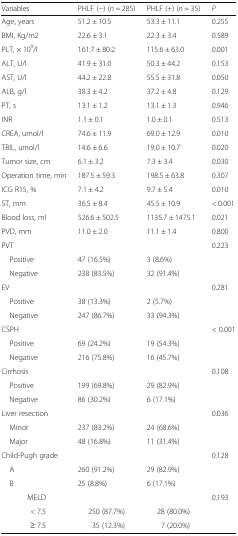
<table><thead><tr><td><b>Variables</b></td><td><b>PHLF (−) (<i>n</i> = 285)</b></td><td><b>PHLF (+) (<i>n</i> = 35)</b></td><td><b><i>P</i></b></td></tr></thead><tbody><tr><td>Age, years</td><td>51.2 ± 10.5</td><td>53.3 ± 11.1</td><td>0.255</td></tr><tr><td>BMI, Kg/m2</td><td>22.6 ± 3.1</td><td>22.3 ± 3.4</td><td>0.589</td></tr><tr><td>PLT, × 10<sup>9</sup>/l</td><td>161.7 ± 80.2</td><td>115.6 ± 63.0</td><td>0.001</td></tr><tr><td>ALT, U/l</td><td>41.9 ± 31.0</td><td>50.3 ± 44.2</td><td>0.153</td></tr><tr><td>AST, U/l</td><td>44.2 ± 22.8</td><td>55.5 ± 31.8</td><td>0.050</td></tr><tr><td>ALB, g/l</td><td>38.3 ± 4.2</td><td>37.2 ± 4.8</td><td>0.129</td></tr><tr><td>PT, s</td><td>13.1 ± 1.2</td><td>13.1 ± 1.3</td><td>0.946</td></tr><tr><td>INR</td><td>1.1 ± 0.1</td><td>1.0 ± 0.1</td><td>0.513</td></tr><tr><td>CREA, umol/l</td><td>74.6 ± 11.9</td><td>69.0 ± 12.9</td><td>0.010</td></tr><tr><td>TBIL, umol/l</td><td>14.6 ± 6.6</td><td>19.0 ± 10.7</td><td>0.020</td></tr><tr><td>Tumor size, cm</td><td>6.1 ± 3.2</td><td>7.3 ± 3.4</td><td>0.030</td></tr><tr><td>Operation time, min</td><td>187.5 ± 59.3</td><td>198.5 ± 63.8</td><td>0.307</td></tr><tr><td>ICG R15, %</td><td>7.1 ± 4.2</td><td>9.7 ± 5.4</td><td>0.010</td></tr><tr><td>ST, mm</td><td>36.5 ± 8.4</td><td>45.5 ± 10.9</td><td>&lt; 0.001</td></tr><tr><td>Blood loss, ml</td><td>526.6 ± 502.5</td><td>1135.7 ± 1475.1</td><td>0.021</td></tr><tr><td>PVD, mm</td><td>11.0 ± 2.0</td><td>11.1 ± 1.4</td><td>0.800</td></tr><tr><td>PVT</td><td></td><td></td><td>0.223</td></tr><tr><td> Positive</td><td>47 (16.5%)</td><td>3 (8.6%)</td><td></td></tr><tr><td> Negative</td><td>238 (83.5%)</td><td>32 (91.4%)</td><td></td></tr><tr><td>EV</td><td></td><td></td><td>0.281</td></tr><tr><td> Positive</td><td>38 (13.3%)</td><td>2 (5.7%)</td><td></td></tr><tr><td> Negative</td><td>247 (86.7%)</td><td>33 (94.3%)</td><td></td></tr><tr><td>CSPH</td><td></td><td></td><td>&lt; 0.001</td></tr><tr><td> Positive</td><td>69 (24.2%)</td><td>19 (54.3%)</td><td></td></tr><tr><td> Negative</td><td>216 (75.8%)</td><td>16 (45.7%)</td><td></td></tr><tr><td>Cirrhosis</td><td></td><td></td><td>0.108</td></tr><tr><td> Positive</td><td>199 (69.8%)</td><td>29 (82.9%)</td><td></td></tr><tr><td> Negative</td><td>86 (30.2%)</td><td>6 (17.1%)</td><td></td></tr><tr><td>Liver resection</td><td></td><td></td><td>0.036</td></tr><tr><td> Minor</td><td>237 (83.2%)</td><td>24 (68.6%)</td><td></td></tr><tr><td> Major</td><td>48 (16.8%)</td><td>11 (31.4%)</td><td></td></tr><tr><td>Child-Pugh grade</td><td></td><td></td><td>0.128</td></tr><tr><td> A</td><td>260 (91.2%)</td><td>29 (82.9%)</td><td></td></tr><tr><td> B</td><td>25 (8.8%)</td><td>6 (17.1%)</td><td></td></tr><tr><td>MELD</td><td></td><td></td><td>0.193</td></tr><tr><td> &lt; 7.5</td><td>250 (87.7%)</td><td>28 (80.0%)</td><td></td></tr><tr><td> ≥ 7.5</td><td>35 (12.3%)</td><td>7 (20.0%)</td><td></td></tr></tbody></table>